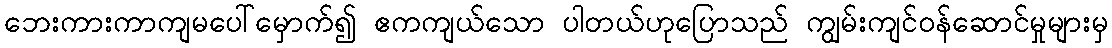
ဘေးကားကာကျမပေါ်မှောက်၍ ဧကကျယ်သော ပါတယ်ဟုပြောသည် ကျွမ်းကျင်ဝန်ဆောင်မှုများမှ